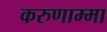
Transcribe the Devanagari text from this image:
करुणाम्मा